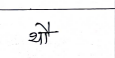
मजकूर: थौ